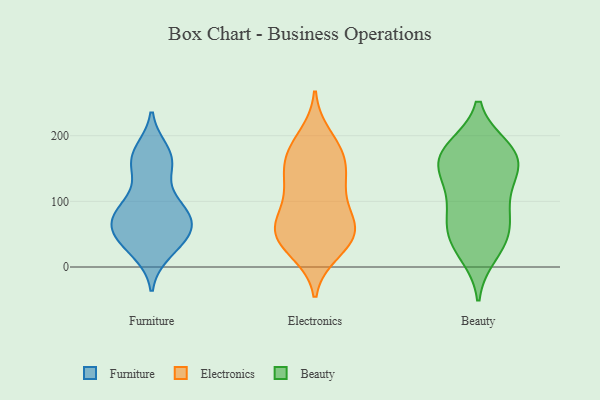
{"axis": {"x": "Backlog", "y": "Value"}, "legend": ["Beauty", "Electronics", "Furniture"], "data": [{"x": "", "y": 24, "type": "Furniture"}, {"x": "", "y": 96, "type": "Furniture"}, {"x": "", "y": 75, "type": "Furniture"}, {"x": "", "y": 32, "type": "Furniture"}, {"x": "", "y": 91, "type": "Furniture"}, {"x": "", "y": 165, "type": "Furniture"}, {"x": "", "y": 40, "type": "Furniture"}, {"x": "", "y": 157, "type": "Furniture"}, {"x": "", "y": 56, "type": "Furniture"}, {"x": "", "y": 61, "type": "Furniture"}, {"x": "", "y": 62, "type": "Furniture"}, {"x": "", "y": 96, "type": "Furniture"}, {"x": "", "y": 155, "type": "Furniture"}, {"x": "", "y": 167, "type": "Furniture"}, {"x": "", "y": 73, "type": "Furniture"}, {"x": "", "y": 41, "type": "Furniture"}, {"x": "", "y": 175, "type": "Furniture"}, {"x": "", "y": 74, "type": "Furniture"}, {"x": "", "y": 24, "type": "Electronics"}, {"x": "", "y": 175, "type": "Electronics"}, {"x": "", "y": 177, "type": "Electronics"}, {"x": "", "y": 121, "type": "Electronics"}, {"x": "", "y": 150, "type": "Electronics"}, {"x": "", "y": 57, "type": "Electronics"}, {"x": "", "y": 51, "type": "Electronics"}, {"x": "", "y": 167, "type": "Electronics"}, {"x": "", "y": 198, "type": "Electronics"}, {"x": "", "y": 120, "type": "Electronics"}, {"x": "", "y": 30, "type": "Electronics"}, {"x": "", "y": 136, "type": "Electronics"}, {"x": "", "y": 44, "type": "Electronics"}, {"x": "", "y": 69, "type": "Electronics"}, {"x": "", "y": 88, "type": "Electronics"}, {"x": "", "y": 60, "type": "Electronics"}, {"x": "", "y": 55, "type": "Electronics"}, {"x": "", "y": 181, "type": "Beauty"}, {"x": "", "y": 178, "type": "Beauty"}, {"x": "", "y": 37, "type": "Beauty"}, {"x": "", "y": 71, "type": "Beauty"}, {"x": "", "y": 161, "type": "Beauty"}, {"x": "", "y": 82, "type": "Beauty"}, {"x": "", "y": 154, "type": "Beauty"}, {"x": "", "y": 162, "type": "Beauty"}, {"x": "", "y": 39, "type": "Beauty"}, {"x": "", "y": 126, "type": "Beauty"}, {"x": "", "y": 99, "type": "Beauty"}, {"x": "", "y": 20, "type": "Beauty"}, {"x": "", "y": 140, "type": "Beauty"}, {"x": "", "y": 58, "type": "Beauty"}, {"x": "", "y": 179, "type": "Beauty"}]}